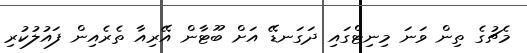
މެޗުގެ ތިން ވަނަ މިނިޓްގައި ދަގަނޑޭ އަށް ބޫޓާން އޭރިއާ ތެރެއިން ފައުލުކުރި